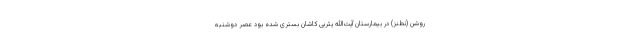
روشن (نطنز) در بیمارستان آیت‌الله یثربی کاشان بستری شده بود عصر دوشنبه